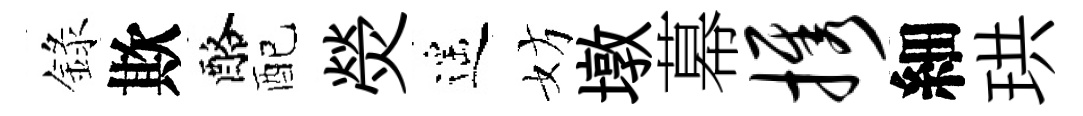
錄欺酪配熒遥妨墩幕携細珙